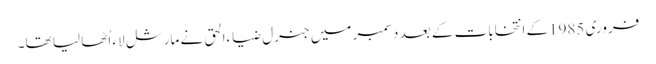
فروری 1985کے انتخابات کے بعد دسمبر میں جنرل ضیاءالحق نے مارشل لاء اُٹھا لیا تھا۔